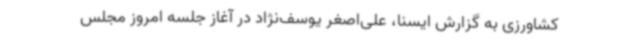
کشاورزی به گزارش ایسنا، علی‌اصغر یوسف‌نژاد در آغاز جلسه امروز مجلس